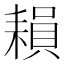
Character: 𦔐